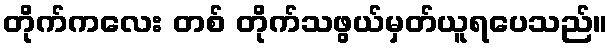
တိုက်ကလေး တစ် တိုက်သဖွယ်မှတ်ယူရပေသည်။